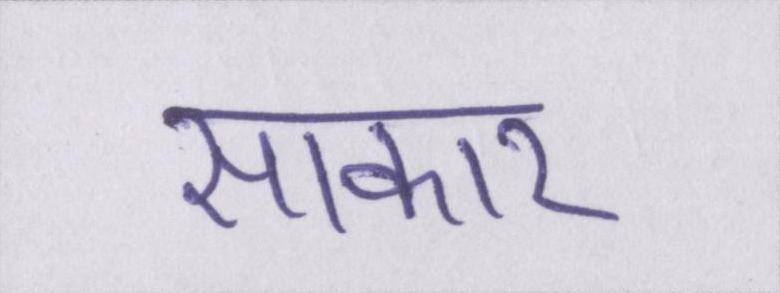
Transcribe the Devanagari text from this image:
साकार